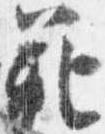
範